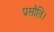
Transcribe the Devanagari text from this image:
प्रसौति।